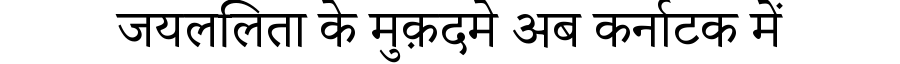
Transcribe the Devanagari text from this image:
जयललिता के मुक़दमे अब कर्नाटक में